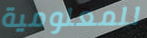
للمعلومية